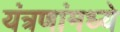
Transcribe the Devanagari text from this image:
यंत्रणांमध्ये